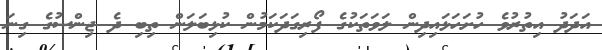
އަދަދު އިތުރުވެ ހުށަހަޅައިދިން ލަވަތަކުގެ ފޯރިގަދަކަމުން ކުޅިބަލަން ތިބި ދެ ޖިންސުގެ ގިނަ